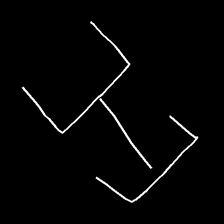
Glyph: entwine